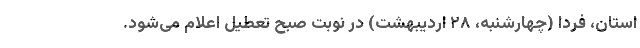
استان، فردا (چهارشنبه، ۲۸ اردیبهشت‌) در نوبت صبح تعطیل اعلام می‌شود.